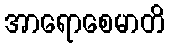
အာရောစေမာတိ